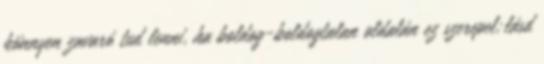
könnyen zavaró tud lenni, ha boldog-boldogtalan oldalán ez szerepel;lásd